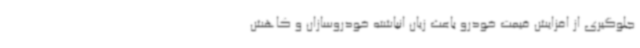
جلوگیری از افزایش قیمت خودرو باعث زیان انباشته خودروسازان و کاهش